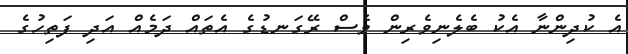
އެ ކުދިންނާ އެކު ބެލެނިވެރިން ވެސް ރޭގަނޑުގެ އެތައް ދަމެއް އަދި ފަތިހުގެ